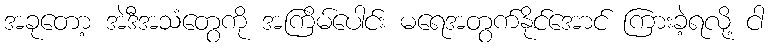
အခုတော့ အဲဒီအသံတွေကို အကြိမ်ပေါင်း မရေအတွက်နိုင်အောင် ကြားခဲ့ရလို့ ငါ